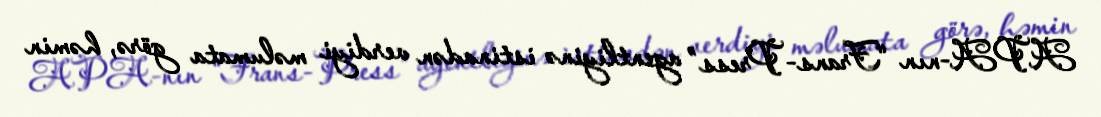
APA-nın “Frans-Press” agentliyinə istinadən verdiyi məlumata görə, həmin